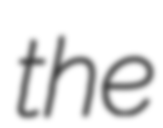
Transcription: the